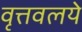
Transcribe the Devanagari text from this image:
वृत्तवलये